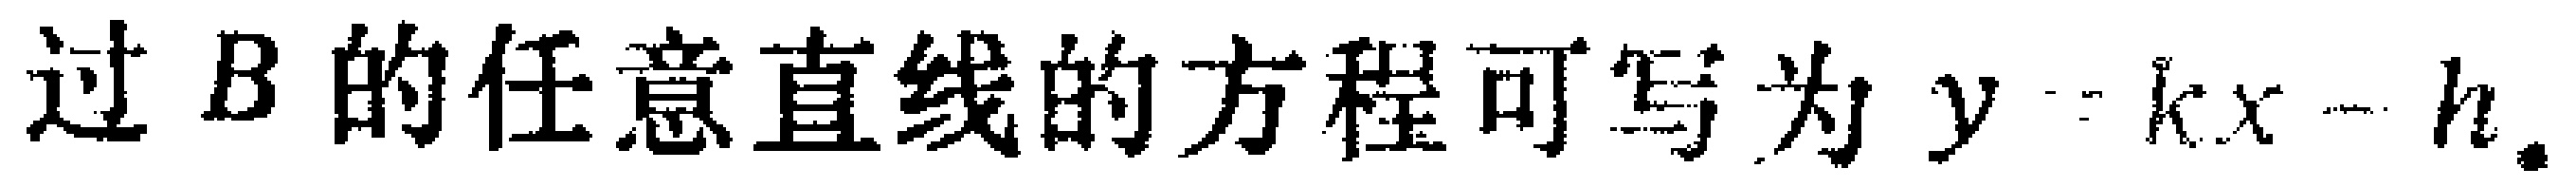
过 \(B\) 的任意直线的方程可写为 \(y = kx + h\).